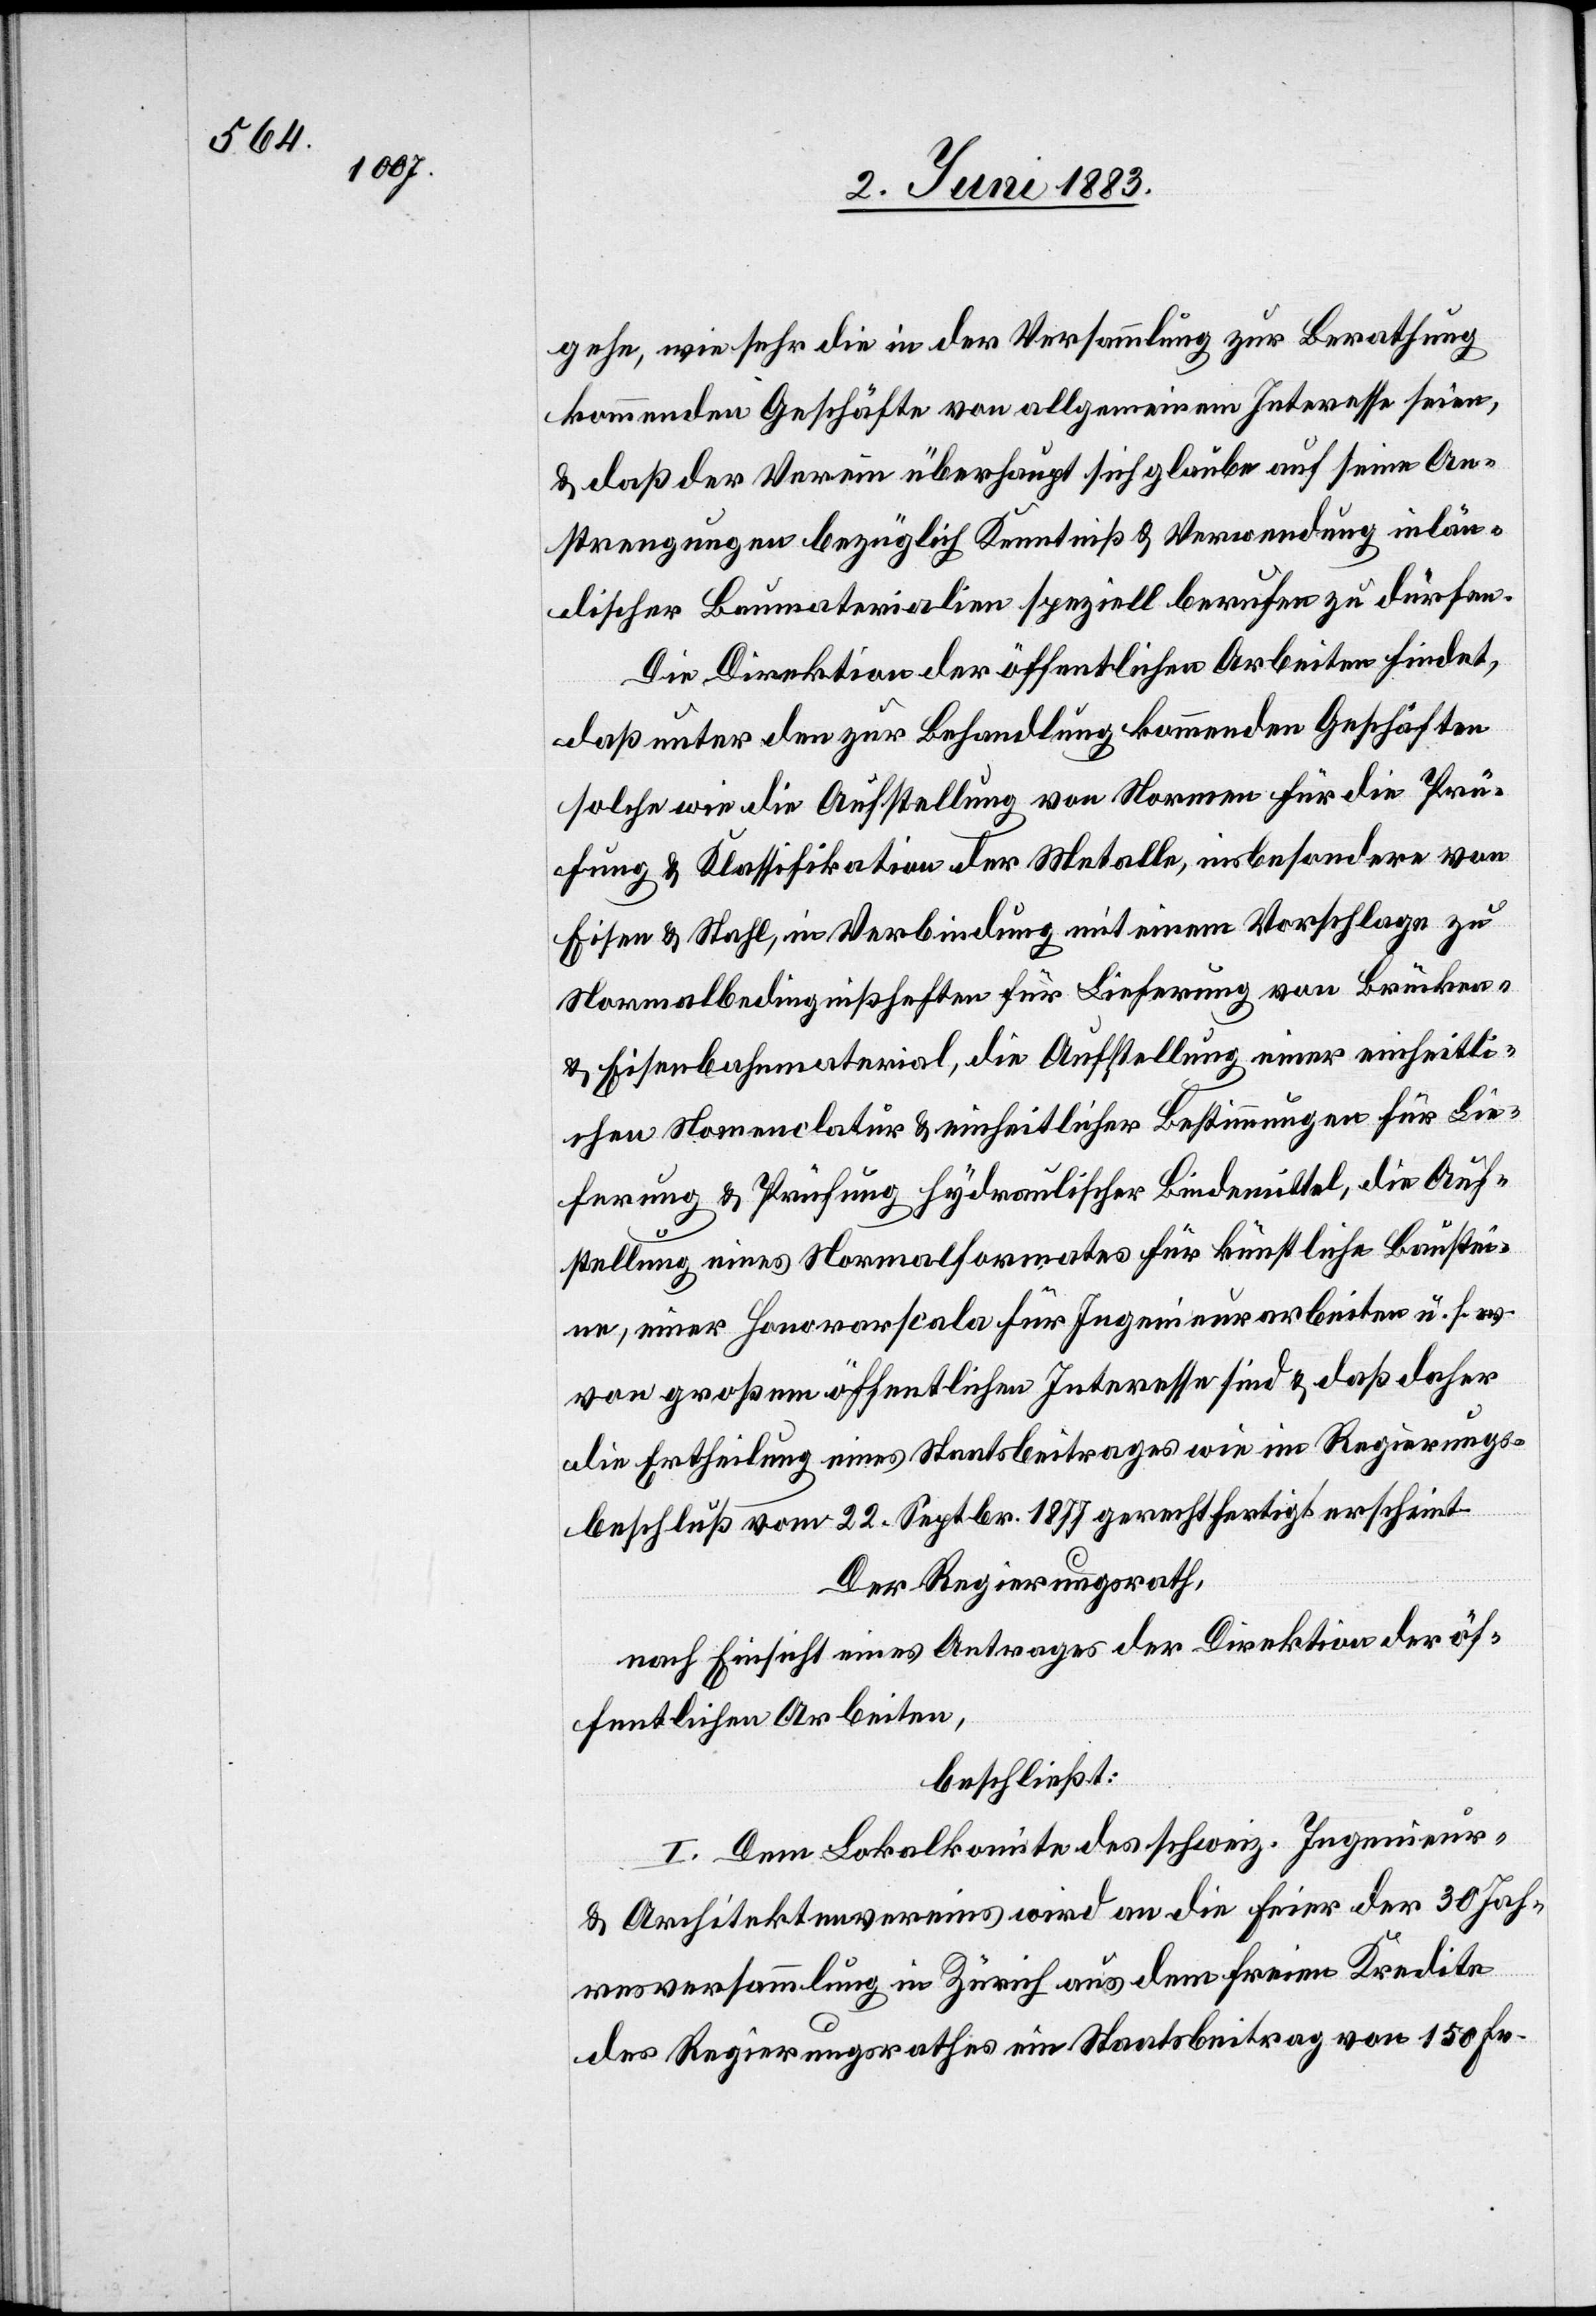
gehe, wie sehr die in der Versammlung zur Berathung
kommenden Geschäfte von allgemeinem Interesse seien,
& daß der Verein überhaupt sich glaube auf seine An¬
strengungen bezüglich Kenntniß & Verwendung inlän¬
discher Baumaterialen speziell berufen zu dürfen.
Die Direktion der öffentlichen Arbeiten findet,
daß unter den zur Behandlung kommenden Geschäften
solche wie die Aufstellung von Normen für die Prü¬
fung & Klassifikation der Metalle, insbesondere von
Eisen & Stahl, in Verbindung mit einem Vorschlage zu
Normalbedingnißheften für Lieferung von Brücken-
& Eisenbahnmaterial, die Aufstellung einer einheitli¬
chen Nomenclatur & einheitlicher Bestimmungen für Lie¬
ferung & Prüfung hydraulicher Bindemittel, die Auf¬
stellung eines Normalformates für künstliche Baustei¬
ne, einer Honorarscala für Ingenieurarbeiten u. s. w.
von großen öffentlichen Interesse sind & das daher
die Ertheilung eines Staatsbeitrages wie im Regierungs¬
beschluß vom 22. Septbr. 1877 gerechtfertigt erscheint.
Der Regierungsrath,
nach Einsicht eines Antrages der Direktion der öf¬
fentlichen Arbeiten,
beschließt:
I. Dem Lokalkomite des schweiz. Ingenieur-
& Architektenvereins wird an die Feier der 30 Jah¬
resversammlung in Zürich aus dem freien Kredite
des Regierungsrathes ein Staatsbeitrag von 150 Fr.